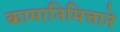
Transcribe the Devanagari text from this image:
कामानिमित्ताने